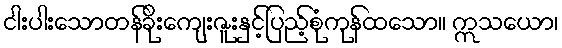
ငါးပါးသောတန်ခိုးကျေးဇူးနှင့်ပြည့်စုံကုန်ထသော။ ဣသယော၊